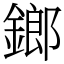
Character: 鎯